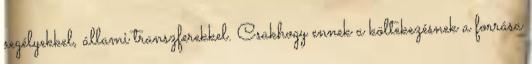
segélyekkel, állami transzferekkel. Csakhogy ennek a költekezésnek a forrása